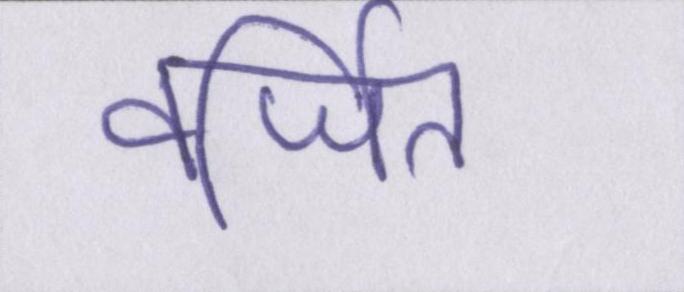
वर्जित